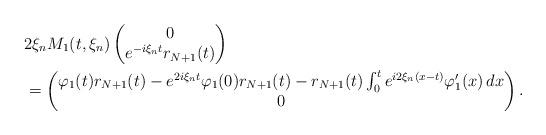
LaTeX: \begin{align*}&2\xi_n M_1(t,\xi_n)\begin{pmatrix}0\\ e^{-i\xi_n t}r_{N+1}(t)\end{pmatrix}\\& =\begin{pmatrix}\varphi_1(t)r_{N+1}(t)-e^{2i\xi_n t} \varphi_1(0) r_{N+1}(t) - r_{N+1}(t)\int_0^t e^{i 2\xi_n(x-t)}\varphi_1'(x)\,dx\\0\end{pmatrix}.\end{align*}